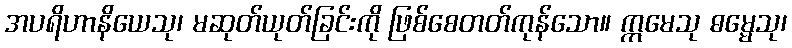
အပရိဟာနိယေသု၊ မဆုတ်ယုတ်ခြင်းကို ဖြစ်စေတတ်ကုန်သော။ ဣမေသု ဓမ္မေသု၊